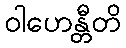
ဝါဟေန္တီတိ